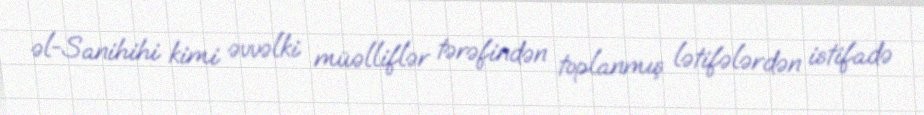
əl-Sanihihi kimi əvvəlki müəlliflər tərəfindən toplanmış lətifələrdən istifadə